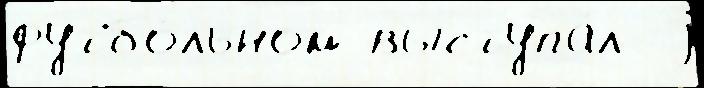
футбо́льном выступа́л  j